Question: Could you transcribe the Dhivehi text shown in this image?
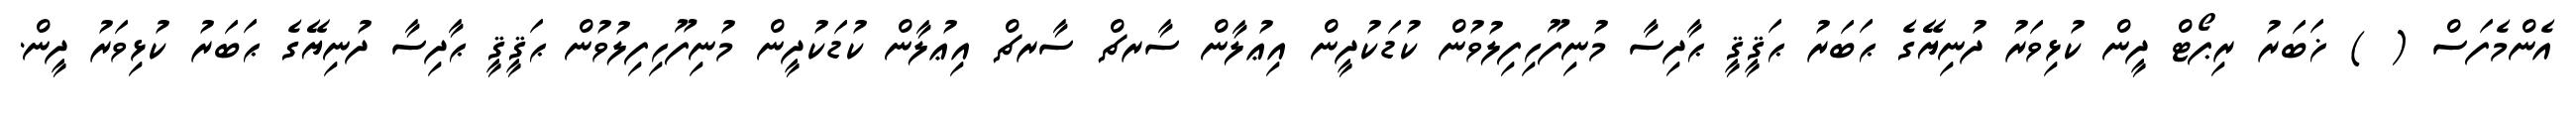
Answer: އެންމެފަސް ( ) ޚަބަރު ރިޕޯޓް ދީން ކުޅިވަރު ދުނިޔޭގެ ޙަބަރު ޙަޤީޤީ ޙާދިސާ މުނިފޫހިފިލުވުން ކުޑަކުދީން އިޢުލާން ސާރޗް ސާރޗް އިޢުލާން ކުޑަކުދީން މުނިފޫހިފިލުވުން ޙަޤީޤީ ޙާދިސާ ދުނިޔޭގެ ޙަބަރު ކުޅިވަރު ދީން.